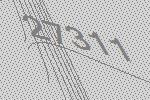
27311